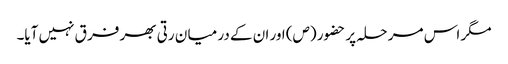
مگر اس مر حلہ پر حضور (ص) اور ان کے در میا ن رتی بھر فر ق نہیں آیا۔